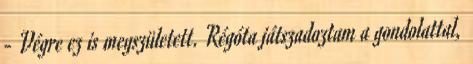
- Végre ez is megszületett. Régóta játszadoztam a gondolattal,